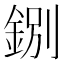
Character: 𨧢